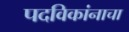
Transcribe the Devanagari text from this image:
पदविकांनाचा